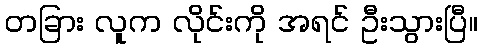
တခြား လူက လိုင်းကို အရင် ဦးသွားပြီ။